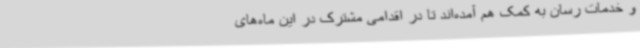
و خدمات رسان به کمک هم آمده‌اند تا در اقدامی مشترک در این ماه‌های